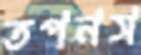
তপনস